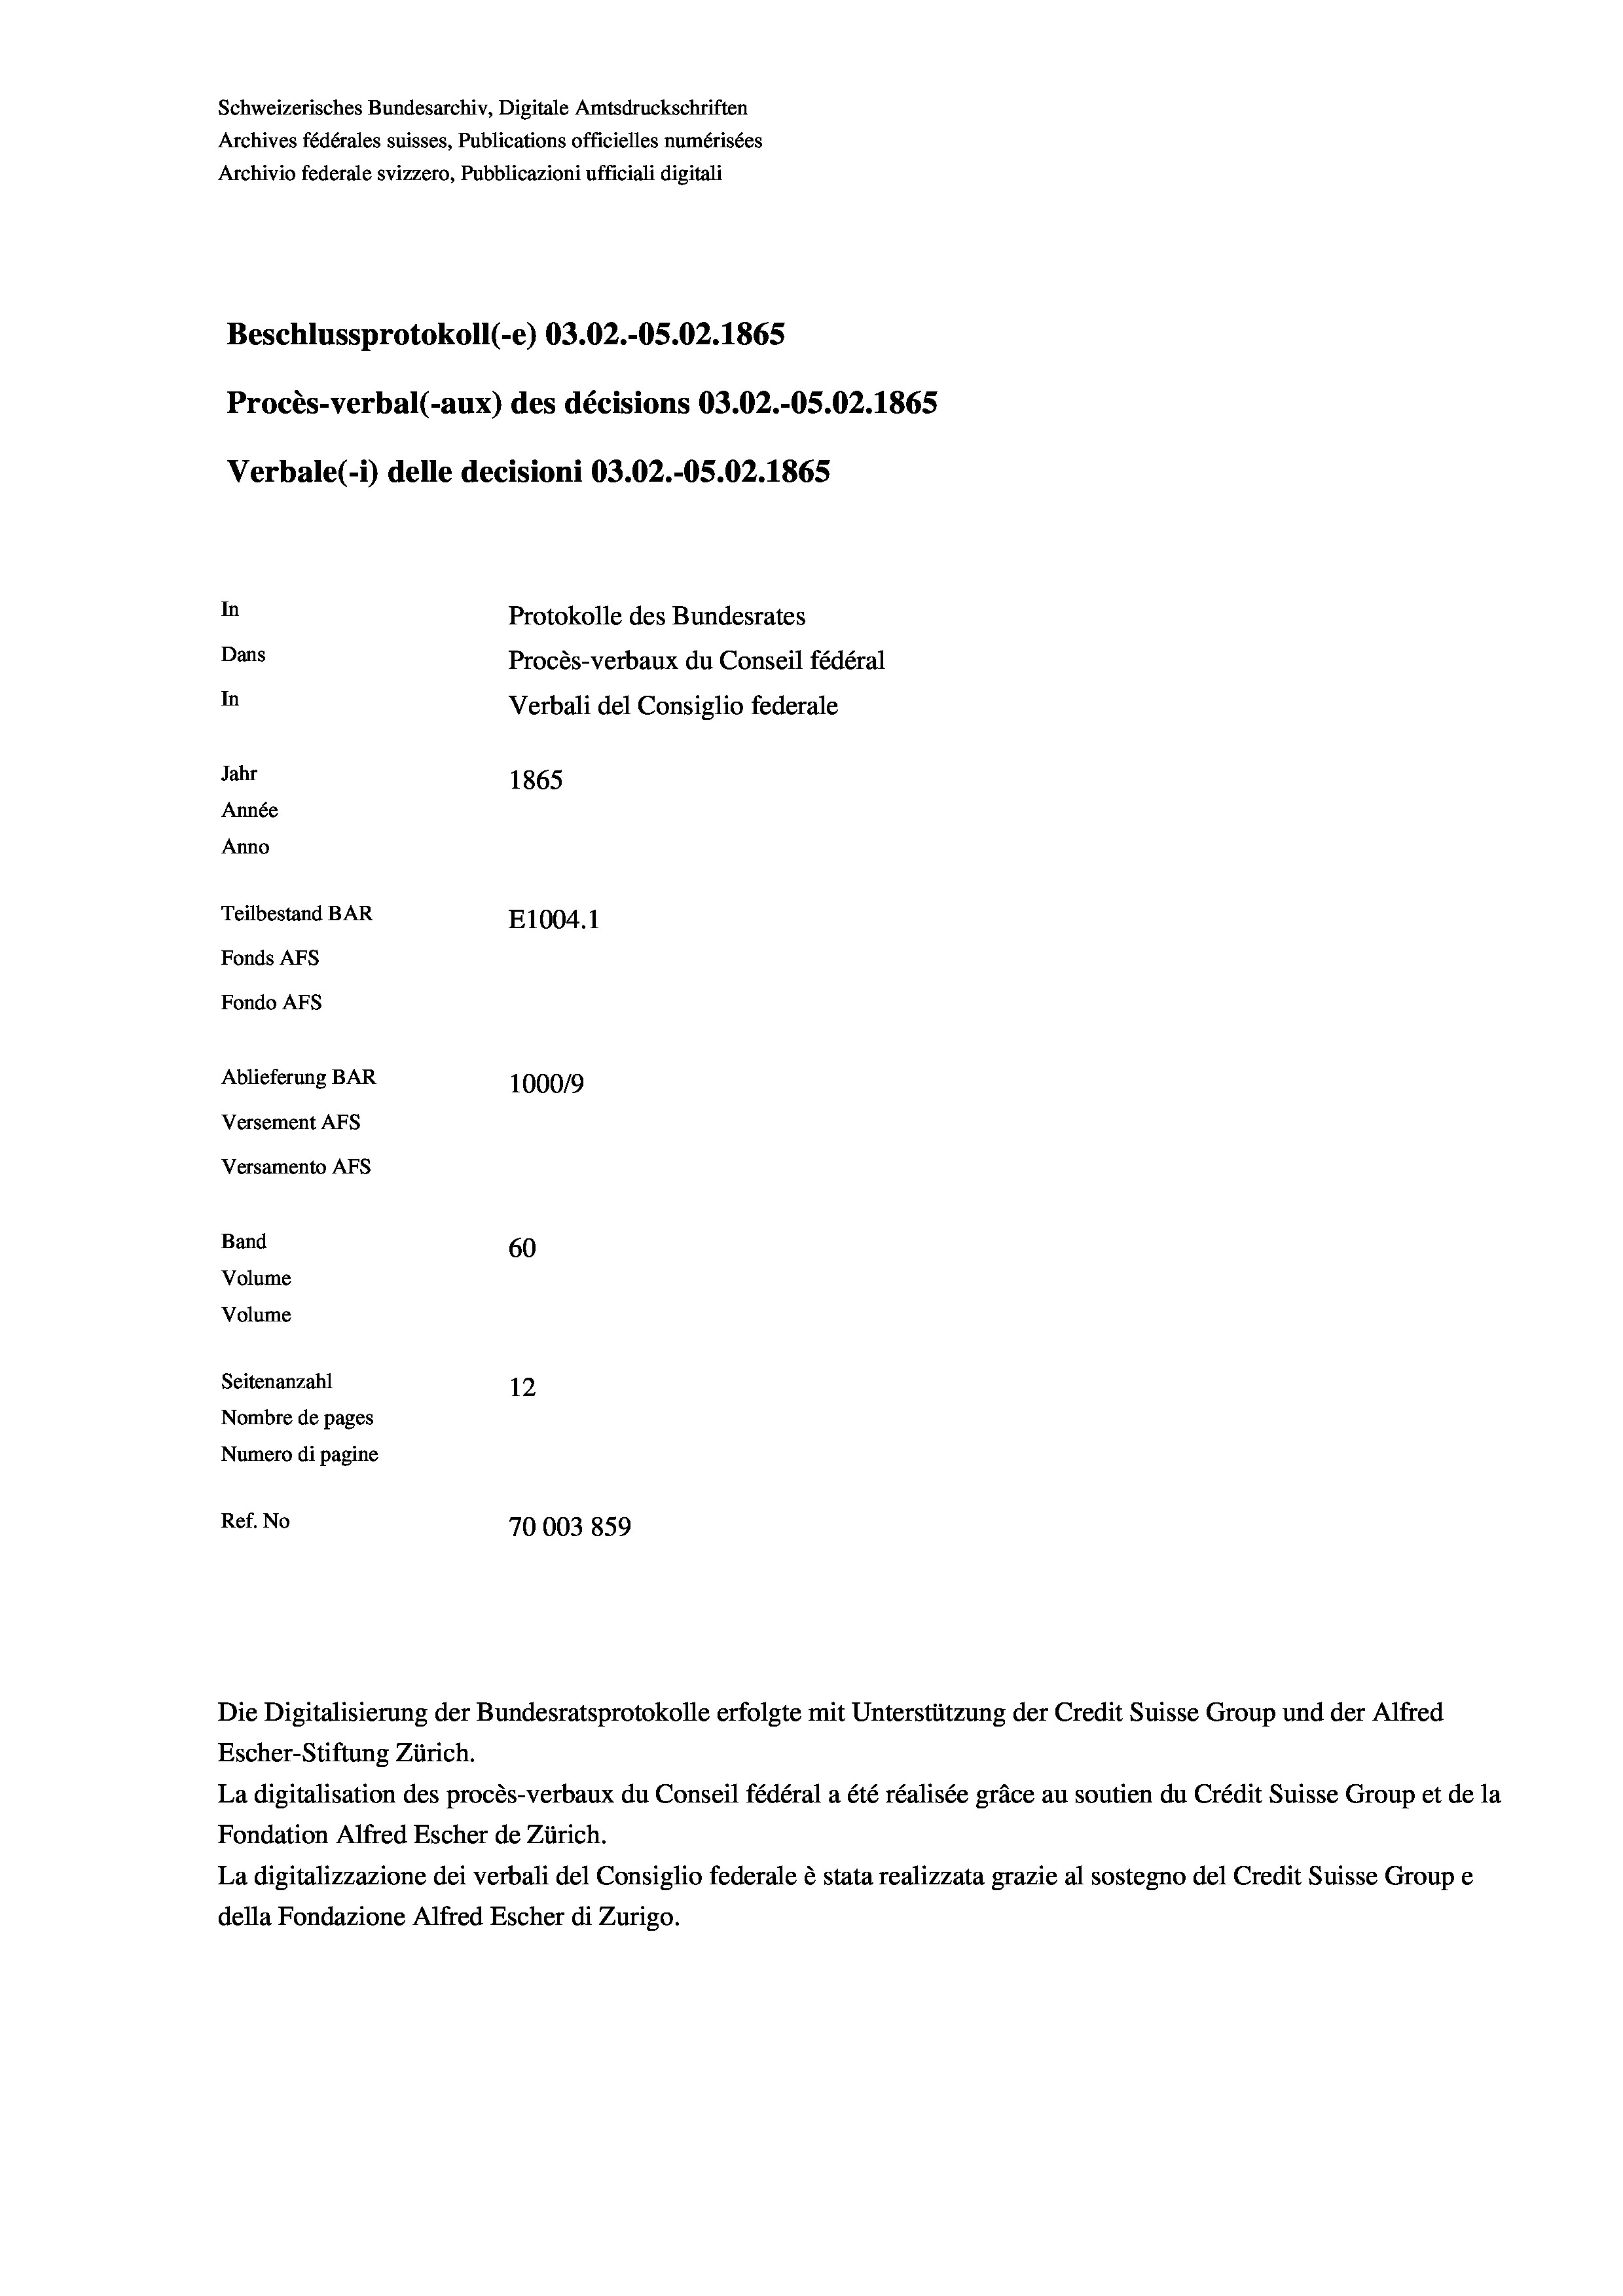
Schweizerisches Bundesarchiv, Digitale Amtsdruckschriften
Archives fédérales suisses, Publications officielles numérisées
Archivio federale svizzero, Pubblicazioni ufficiali digitali
Beschlussprotokoll (-e) 03.02.-OS.02. 1865
Procès-verbal (-aux) des décisions 03.02.-OS.02. 1865
Verbale (- 1) delle decisioni 03.02.-OS.02. 1865
In
Protokolle des Bundesrates
Dans
Procès-verbaux du Conseil fédéral
In
Verbali del Consiglio federale
Jahr
1865
Année
Anno
Teilbestand BAR
E1004.1
Fonds AFs
Fondo Afs
Ablieferung BAR
100019
Versement AFs
Versamento AFs
Band
60
Volume
Volume

Seitenanzahl
12
Nombre de pages
Numero di pagine
Ref. No
70003859

Escher-Stiftung Zürich.
La digitalisation des procès-verbaux du Conseil fédéral a été réalisée gräce au soutien du Crédit Suisse Group et de la
Fondation Alfred Escher de Zürich.
La digitalizzazione dei verbali del Consiglio federale è stata realizzata grazie al sostegno del Credit Suisse Groupe
della Fondazione Alfred Escher di Zurigo.

Die Digitalisierung der Bundesratsprotokolle erfolgte mit Unterstützung der Credit Suisse Group und der Alfred